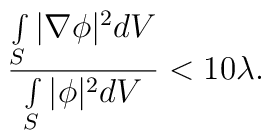
\frac{\int\limits_S\vert\nabla\phi\vert^{2} dV}{\int\limits_S \vert\phi\vert^{2} dV}  < 10 \lambda.